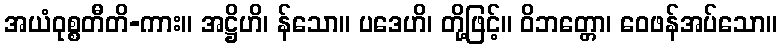
အယံဝုစ္စတီတိ-ကား။ အဋ္ဌိဟိ၊ န်သော။ ပဒေဟိ၊ တို့ဖြင့်။ ဝိဘတ္တော၊ ဝေဖန်အပ်သော။